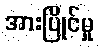
အားပြိုင်မှု